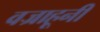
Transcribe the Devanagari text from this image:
वज्राहूनी